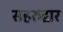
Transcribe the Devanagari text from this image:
सहरुद्वार